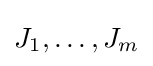
J_{1},\dots ,J_{m}